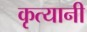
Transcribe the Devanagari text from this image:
कृत्यानी